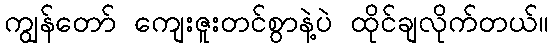
ကျွန်တော် ကျေးဇူးတင်စွာနဲ့ပဲ ထိုင်ချလိုက်တယ်။